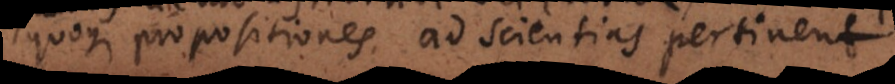
quoque propositiones ad scientias pertinent